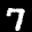
Label: 7